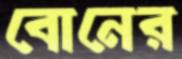
বোনের